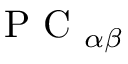
\mathrm { ~ P ~ C ~ } _ { \alpha \beta }